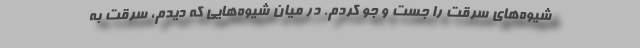
شیوه‌های سرقت را جست و جو کردم. در میان شیوه‌هایی که دیدم، سرقت به